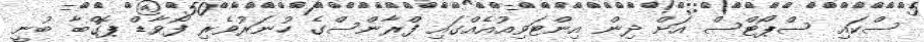
ސްކައި ސްޕޯޓްސް އަށް ދިން އިންޓަވިއުއެއްގައި ފްރާންސްގެ ހުނަރުވެރި ފޯވާޑް ޕޮގްބާ ބުނީ